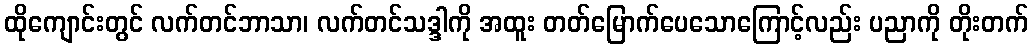
ထိုကျောင်းတွင် လက်တင်ဘာသာ၊ လက်တင်သဒ္ဒါကို အထူး တတ်မြောက်ပေသောကြောင့်လည်း ပညာကို တိုးတက်